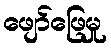
ဖျော်ဖြေမှု